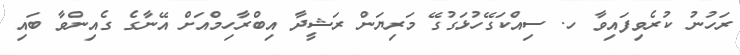
ރަހުނު ކުރެވިފައިވާ ހ. ސިއްކަގޭހުޅަގުގޭ މަރިޔަން ރަޝީދާ އިބްރާހިމްއަށް އޭނާގެ ގެއިންވާ ބައި